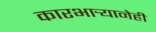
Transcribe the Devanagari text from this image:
कारभार्‍यानेही